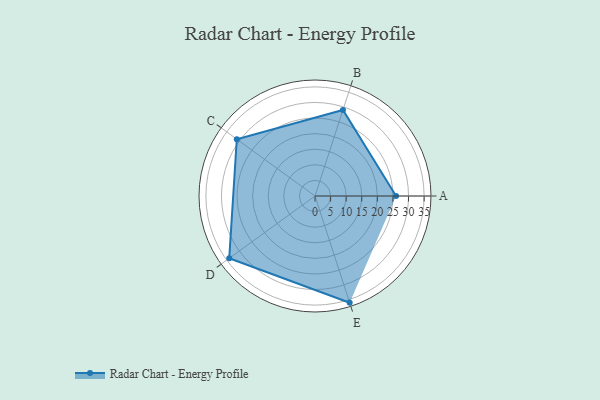
{"axis": {"x": "Skill", "y": "Score"}, "legend": ["Profile"], "data": [{"x": "A", "y": 26.0, "type": "Profile"}, {"x": "B", "y": 29.0, "type": "Profile"}, {"x": "C", "y": 31.0, "type": "Profile"}, {"x": "D", "y": 34.0, "type": "Profile"}, {"x": "E", "y": 36.0, "type": "Profile"}]}